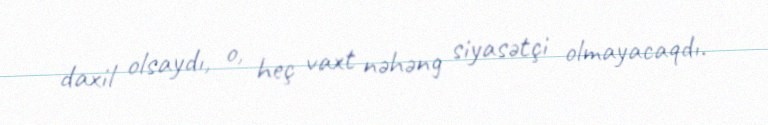
daxil olsaydı, o, heç vaxt nəhəng siyasətçi olmayacaqdı.